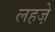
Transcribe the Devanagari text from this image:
लहजे़